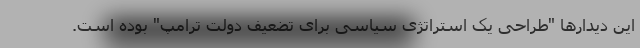
این دیدارها "طراحی یک استراتژی سیاسی برای تضعیف دولت ترامپ" بوده است.